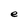
Character: e